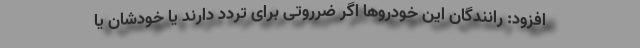
افزود: رانندگان این خودروها اگر ضرروتی برای تردد دارند یا خودشان یا